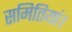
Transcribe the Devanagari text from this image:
समितियां।